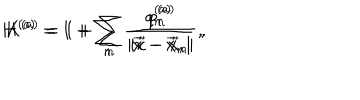
H ^ { ( a ) } = 1 + \sum _ { n } \frac { q _ { n } ^ { ( a ) } } { | \vec { x } - \vec { x } _ { n } | } \, , \hspace { 1 c m } K ^ { ( a ) } = 1 + \sum _ { n } \frac { p _ { n } ^ { ( a ) } } { | \vec { x } - \vec { x } _ { n } | } \, ,